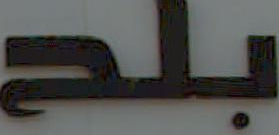
بلح